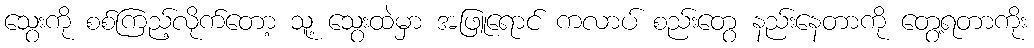
သွေးကို စစ်ကြည့်လိုက်တော့ သူ့ သွေးထဲမှာ အဖြူရောင် ကလာပ် စည်းတွေ နည်းနေတာကို တွေ့ရတာကိုး